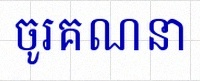
ចូរគណនា